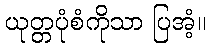
ယုတ္တပုံစံကိုသာ ပြအံ့။